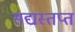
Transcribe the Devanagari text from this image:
सद्यस्तप्त